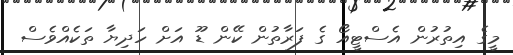
މީގެ އިތުރުން އެސްޓީއޯ ގެ ފަރާތުން ކޭން ޑޫ އަށް ހަދިޔާ ތަކެއްވެސް